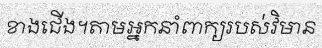
ខាងជើង។តាមអ្នកនាំពាក្យរបស់វិមាន